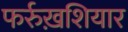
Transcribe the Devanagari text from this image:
फर्रुख़शियार